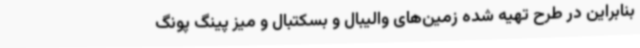
بنابراین در طرح تهیه شده زمین‌های والیبال و بسکتبال و میز پینگ پونگ